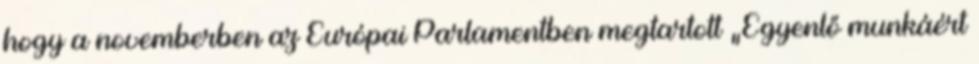
hogy a novemberben az Európai Parlamentben megtartott „Egyenlő munkáért